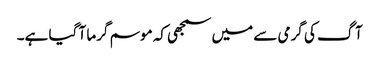
آگ کی گرمی سے میں سمجھی کہ موسم گرما آ گیا ہے۔